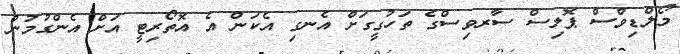
މޯލްޑިވްސް ޕޮލިސް ސާރވިސްގެ ތަހުގީގަށް އެނގި އެކަން އެ އޮތޯރިޓީ އަށް އެންގުމުން